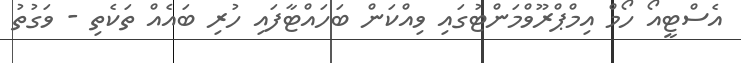
އެސްޓީއޯ ހޯމް އިމްޕްރޫވްމަންޓުގައި ވިއްކަން ބަހައްޓާފައި ހުރި ބައެއް ތަކެތި - ވަގުތު